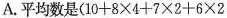
A.平均数是$$( 1 0 + 8 \times 4 + 7 \times 2 + 6 \times 2